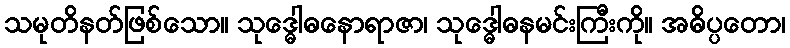
သမုတိနတ်ဖြစ်သော။ သုဒ္ဓေါဓနောရာဇာ၊ သုဒ္ဓေါဓနမင်းကြီးကို။ အဓိပ္ပတော၊